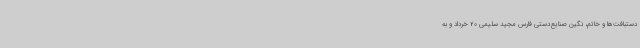
دستبافت‌ها و خاتم، نگین صنایع‌دستی فارس مجید سلیمی 20 خرداد و به